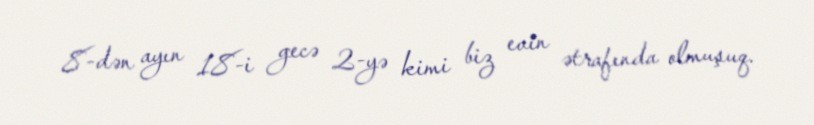
8-dən ayın 18-i gecə 2-yə kimi biz evin ətrafında olmuşuq.